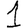
Digit: 1